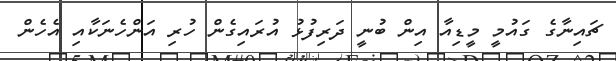
ޗައިނާގެ ގައުމީ މީޑިއާ އިން ބުނީ ދަރިފުޅު އުރައިގެން ހުރި އަންހެނަކާއި އެހެން